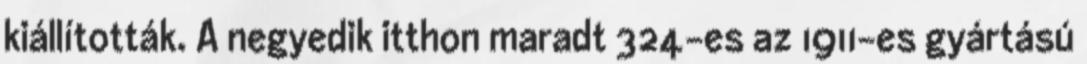
kiállították. A negyedik itthon maradt 324-es az 1911-es gyártású